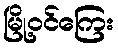
မြို့ဝင်ကြေး